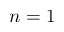
n = 1